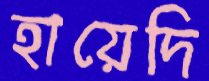
হায়েদি